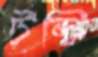
টন্টি